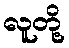
လူတို့